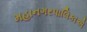
મહાનગરપાલિકાએ